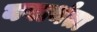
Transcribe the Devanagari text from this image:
ययार्थता